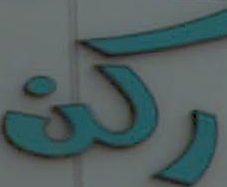
ركة